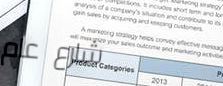
شارع عام